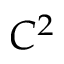
C ^ { 2 }